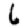
Digit: 6